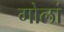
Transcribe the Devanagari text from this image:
गोलां